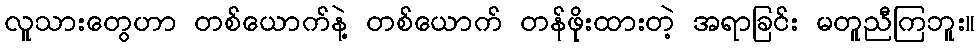
လူသားတွေဟာ တစ်ယောက်နဲ့ တစ်ယောက် တန်ဖိုးထားတဲ့ အရာခြင်း မတူညီကြဘူး။